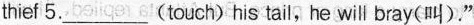
thief 5.___(touch) his tail, he will bray(叫|)."